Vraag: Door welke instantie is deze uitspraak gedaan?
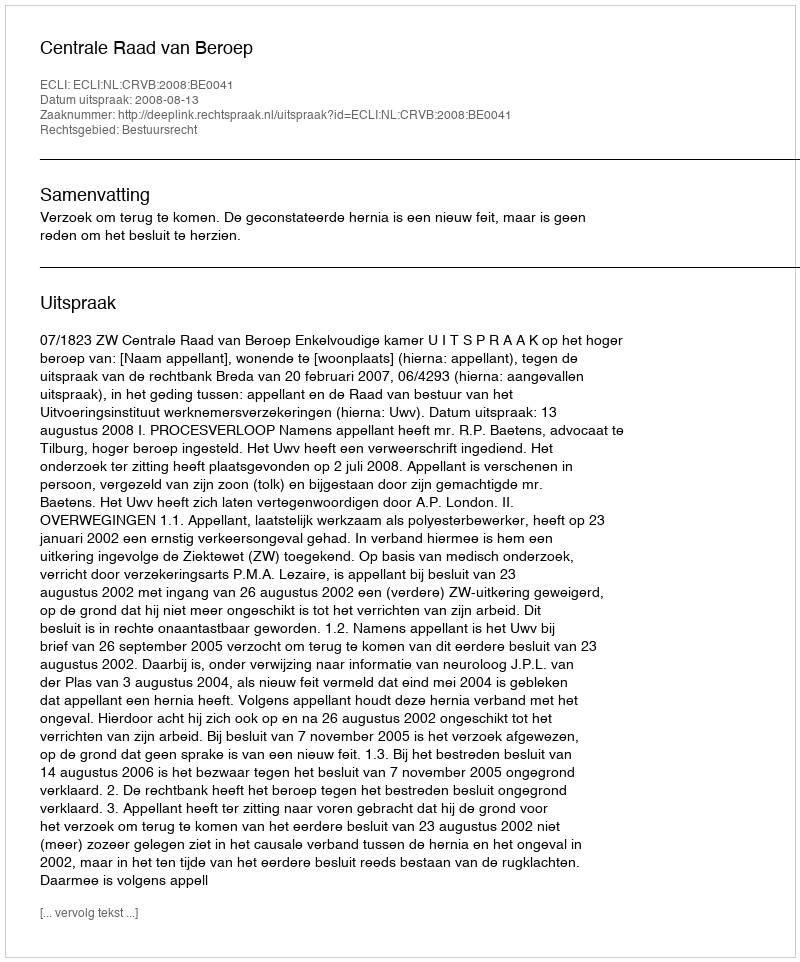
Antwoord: Centrale Raad van Beroep